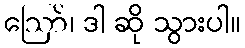
ဪ၊ ဒါ ဆို သွားပါ။